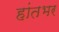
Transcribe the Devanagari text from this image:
हांतभर